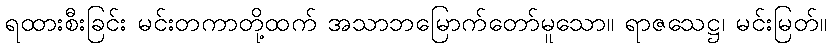
ရထားစီးခြင်း မင်းတကာတို့ထက် အသာဘမြောက်တော်မူသော။ ရာဇသေဋ္ဌ၊ မင်းမြတ်။